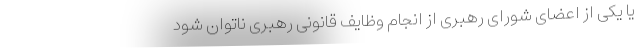
یا یکی از اعضای شورای رهبری از انجام وظایف قانونی رهبری ناتوان شود